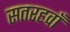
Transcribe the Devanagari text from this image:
सतरहवाँ